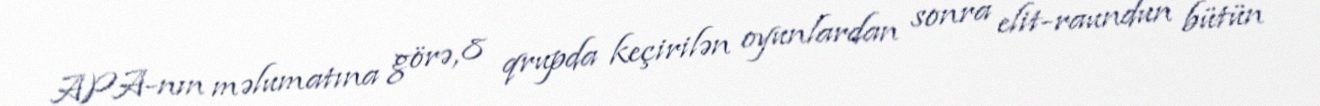
APA-nın məlumatına görə, 8 qrupda keçirilən oyunlardan sonra elit-raundun bütün